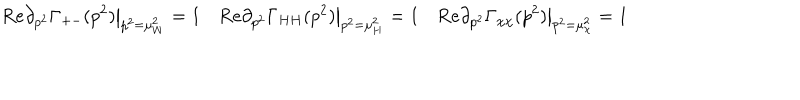
LaTeX: { \mathrm R e } \partial _ { p ^ { 2 } } \Gamma _ { + - } ( p ^ { 2 } ) \big | _ { p ^ { 2 } = \mu _ { W } ^ { 2 } } = 1 \quad { \mathrm R e } \partial _ { p ^ { 2 } } \Gamma _ { H H } ( p ^ { 2 } ) \big | _ { p ^ { 2 } = \mu _ { H } ^ { 2 } } = 1 \quad { \mathrm R e } \partial _ { p ^ { 2 } } \Gamma _ { \chi \chi } ( p ^ { 2 } ) \big | _ { p ^ { 2 } = \mu _ { \chi } ^ { 2 } } = 1